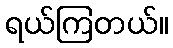
ရယ်ကြတယ်။